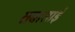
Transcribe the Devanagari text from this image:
तबाताई